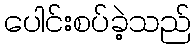
ပေါင်းစပ်ခဲ့သည်